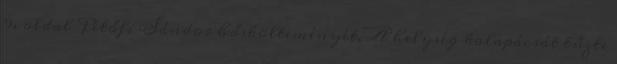
9. oldal Petőfi Sándor hőskölteményét, A helység kalapácsát tűzte